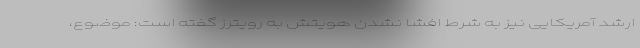
ارشد آمریکایی نیز به شرط افشا نشدن هویتش به رویترز گفته است: موضوع،